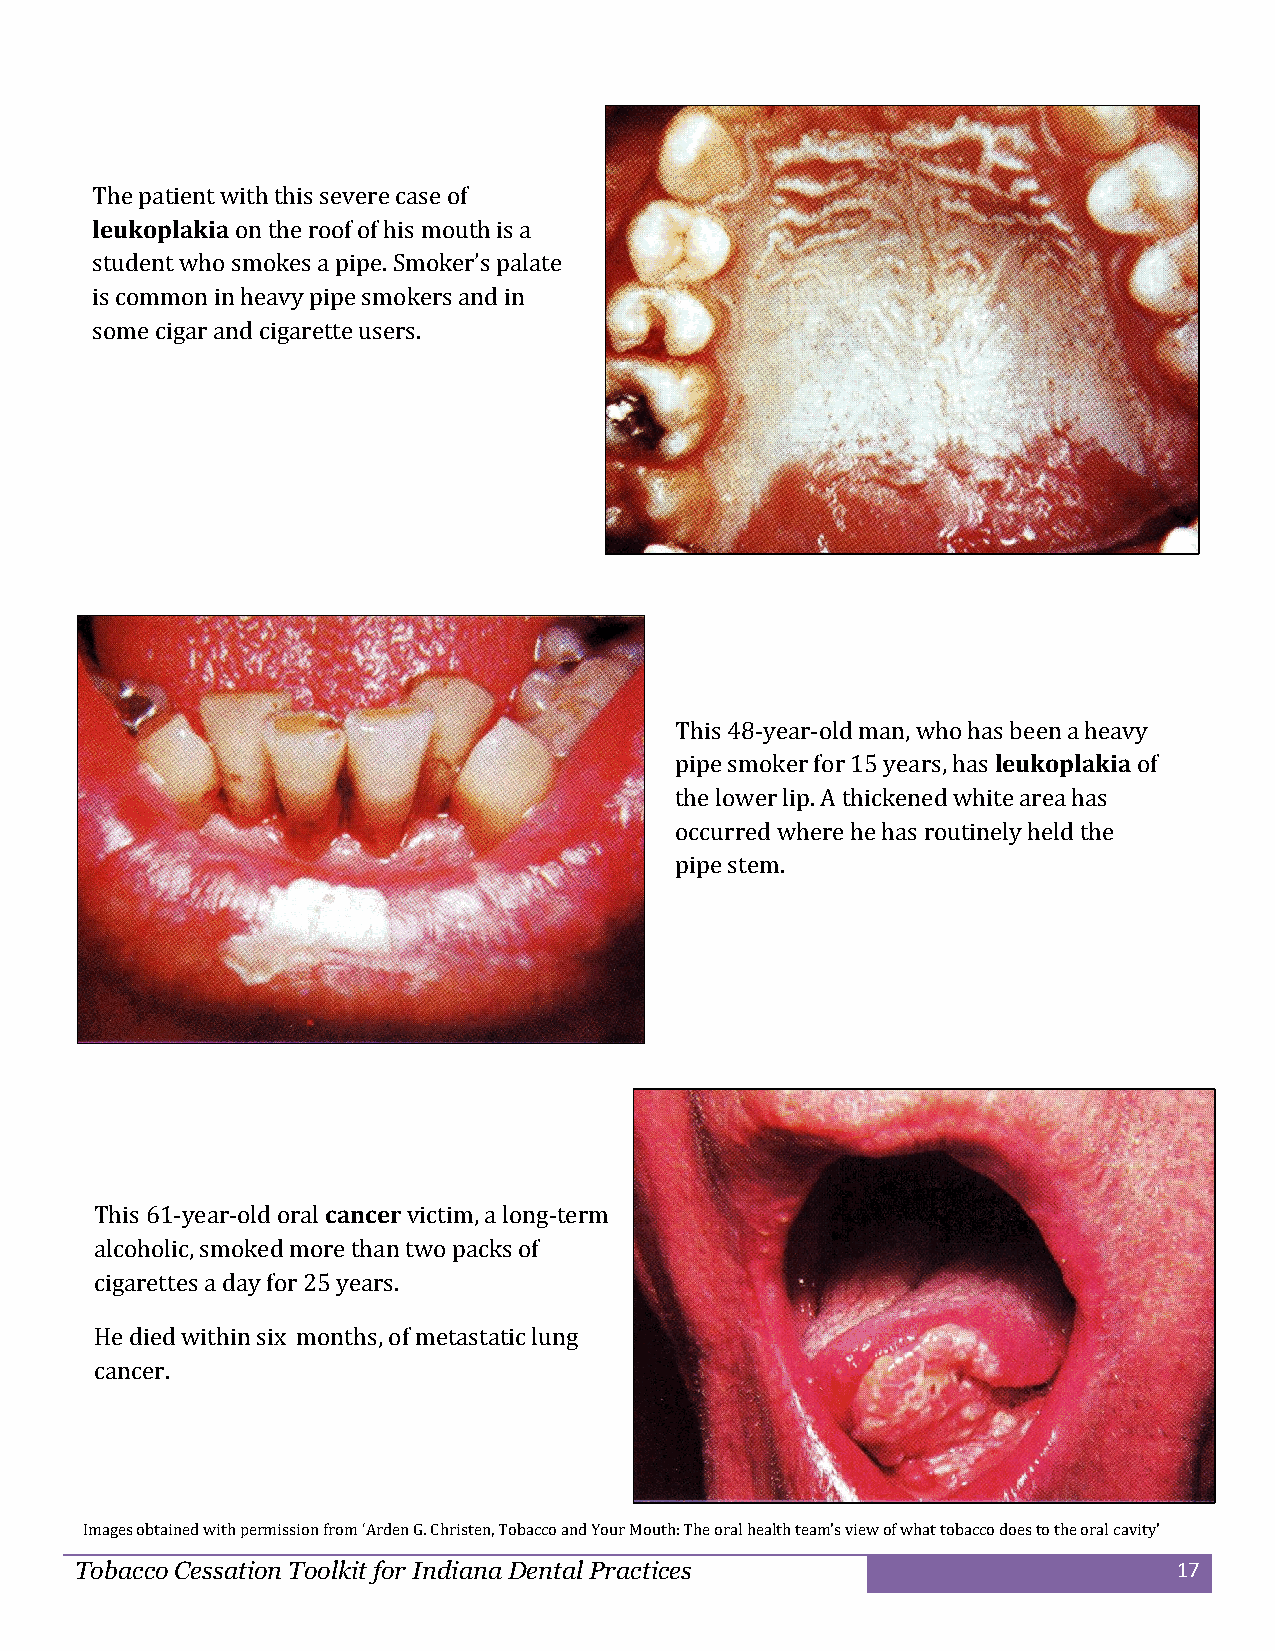
The patient with this severe case of
 leukoplakia on the roof of his mouth is a
 student who smokes a pipe. Smoker’s palate
 is common in heavy pipe smokers and in
 some cigar and cigarette users.
 This 48-year-old man, who has been a heavy
 pipe smoker for 15 years, has leukoplakia of
 the lower lip. A thickened white area has
 occurred where he has routinely held the
 pipe stem.
 This 61-year-old oral cancer victim, a long-term
 alcoholic, smoked more than two packs of
 cigarettes a day for 25 years.
 He died within six months, of metastatic lung
 cancer.
 Images obtained with permission from ‘Arden G. Christen, Tobacco and Your Mouth: The oral health team’s view of what tobacco does to the oral cavity’
 Tobacco Cessation Toolkit for Indiana Dental Practices                   17